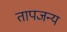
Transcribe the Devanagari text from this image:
तापजन्य